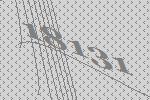
18131